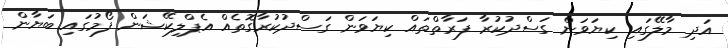
އަދި މާލޭގައި ކިޔަވަން ގަސްދުކުރާ ފަރާތްތައް ކިޔަވަން ގަސްދުކުރާގޮތެއް އެޕްލިކޭޝަން ފޯމުގައި ބަޔާން